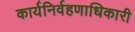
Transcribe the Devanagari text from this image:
कार्यनिर्वहणाधिकारी